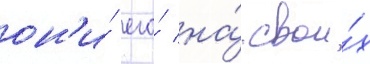
он'и́ его́ на́ свои́х